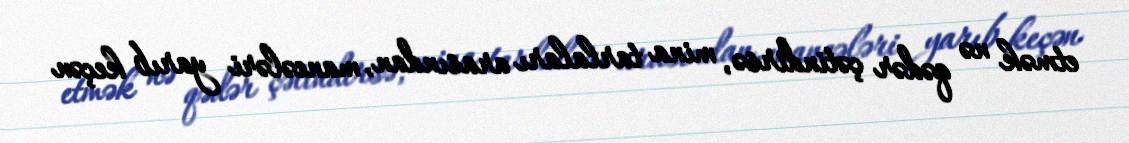
etmək nə qədər çətindirsə, mina tarlaları arasından, maneələri yarıb keçən